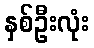
နှစ်ဦးလုံး